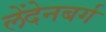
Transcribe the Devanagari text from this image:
लेंदेनबर्ग